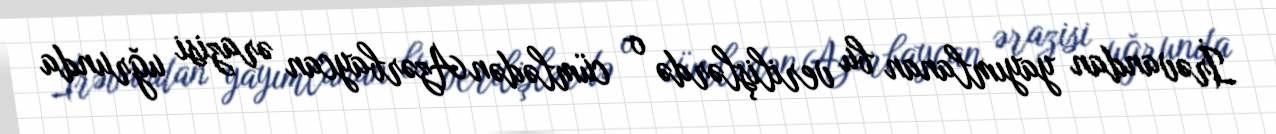
İrəvandan yayımlanan bu verilişlərdə o cümlədən Azərbaycan ərazisi uğrunda